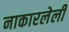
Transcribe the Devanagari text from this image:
नाकारलेली